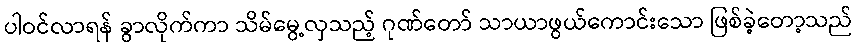
ပါဝင်လာရန် ခွာလိုက်ကာ သိမ်မွေ့လှသည့် ဂုဏ်တော် သာယာဖွယ်ကောင်းသော ဖြစ်ခဲ့တော့သည်